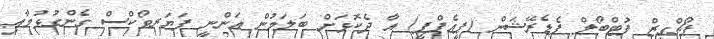
ޕޯޗްގީޒް ފުޓްބޯލް ފެޑެރޭޝަން (ޕީއެފްޕީ) އާ ދެކޮޅަށް ބަލަމުން އަންނީ ފަޔަރވޯކްސް ގެންގުޅުމާއި